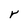
Character: r